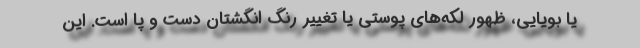
یا بویایی، ظهور لکه‌های پوستی یا تغییر رنگ انگشتان دست و پا است. این